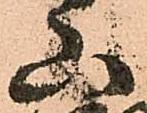
山